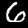
Label: 6